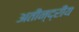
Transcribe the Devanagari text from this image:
अतीन्‍द्रीय